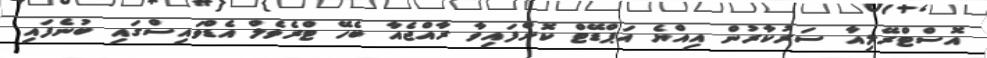
އޮސްޓްރޭލިއާ ސަރުކާރުން އިއްޔެ އަޕްޑޭޓް ކޮށްފައިވާ ރާއްޖެއާ ބެހޭ ޓްރެވެލް އެޑްވައިސްގައި ބުނެފައި